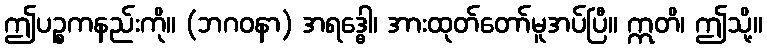
ဤပဉ္စကနည်းကို။ (ဘဂဝနာ) အရဒ္ဓေါ၊ အားထုတ်တော်မူအပ်ပြီ။ ဣတိ၊ ဤသို့။